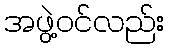
အဖွဲ့ဝင်လည်း